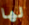
لها